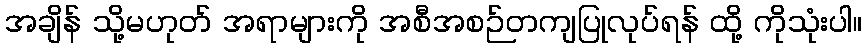
အချိန် သို့မဟုတ် အရာများကို အစီအစဉ်တကျပြုလုပ်ရန် ထို့ ကိုသုံးပါ။